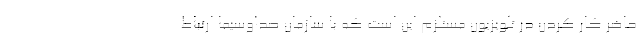
حاضر کار کردن در تلویزیون مستلزم این است که با سازمان صداوسیما ارتباط